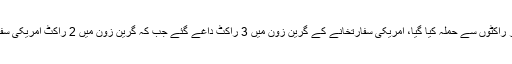
غیر ملکی خبر رساں ادارے کے مطابق عراق کے دارالحکومت بغداد میں امریکی سفارتخانے پر راکٹوں سے حملہ کیا گیا، امریکی سفارتخانے کے گرین زون میں 3 راکٹ داغے گئے جب کہ گرین زون میں 2 راکٹ امریکی سفارتخانے کے قریب گرے تاہم امریکی سفارتخانے کو راکٹ حملے سے کوئی نقصان نہیں پہنچا۔